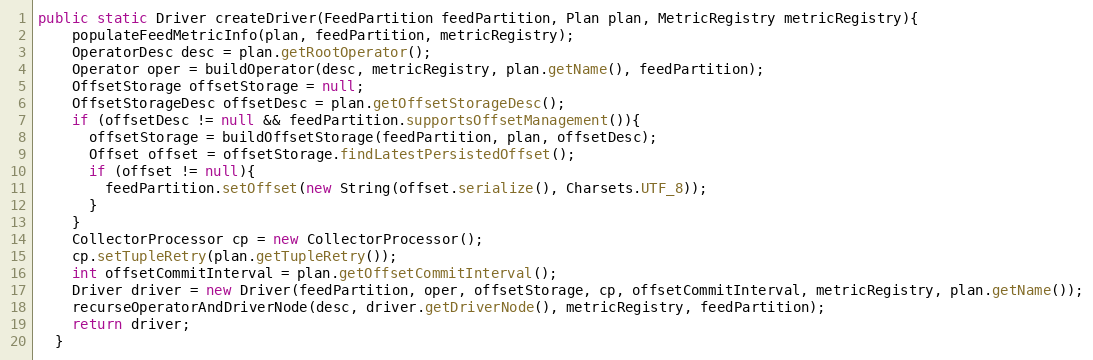
Language: Java
public static Driver createDriver(FeedPartition feedPartition, Plan plan, MetricRegistry metricRegistry){
    populateFeedMetricInfo(plan, feedPartition, metricRegistry);
    OperatorDesc desc = plan.getRootOperator();
    Operator oper = buildOperator(desc, metricRegistry, plan.getName(), feedPartition);
    OffsetStorage offsetStorage = null;
    OffsetStorageDesc offsetDesc = plan.getOffsetStorageDesc();
    if (offsetDesc != null && feedPartition.supportsOffsetManagement()){
      offsetStorage = buildOffsetStorage(feedPartition, plan, offsetDesc);
      Offset offset = offsetStorage.findLatestPersistedOffset();
      if (offset != null){
        feedPartition.setOffset(new String(offset.serialize(), Charsets.UTF_8));
      }
    }
    CollectorProcessor cp = new CollectorProcessor();
    cp.setTupleRetry(plan.getTupleRetry());
    int offsetCommitInterval = plan.getOffsetCommitInterval();
    Driver driver = new Driver(feedPartition, oper, offsetStorage, cp, offsetCommitInterval, metricRegistry, plan.getName());
    recurseOperatorAndDriverNode(desc, driver.getDriverNode(), metricRegistry, feedPartition);
    return driver;
  }